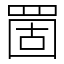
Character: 䍛